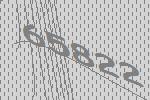
65822